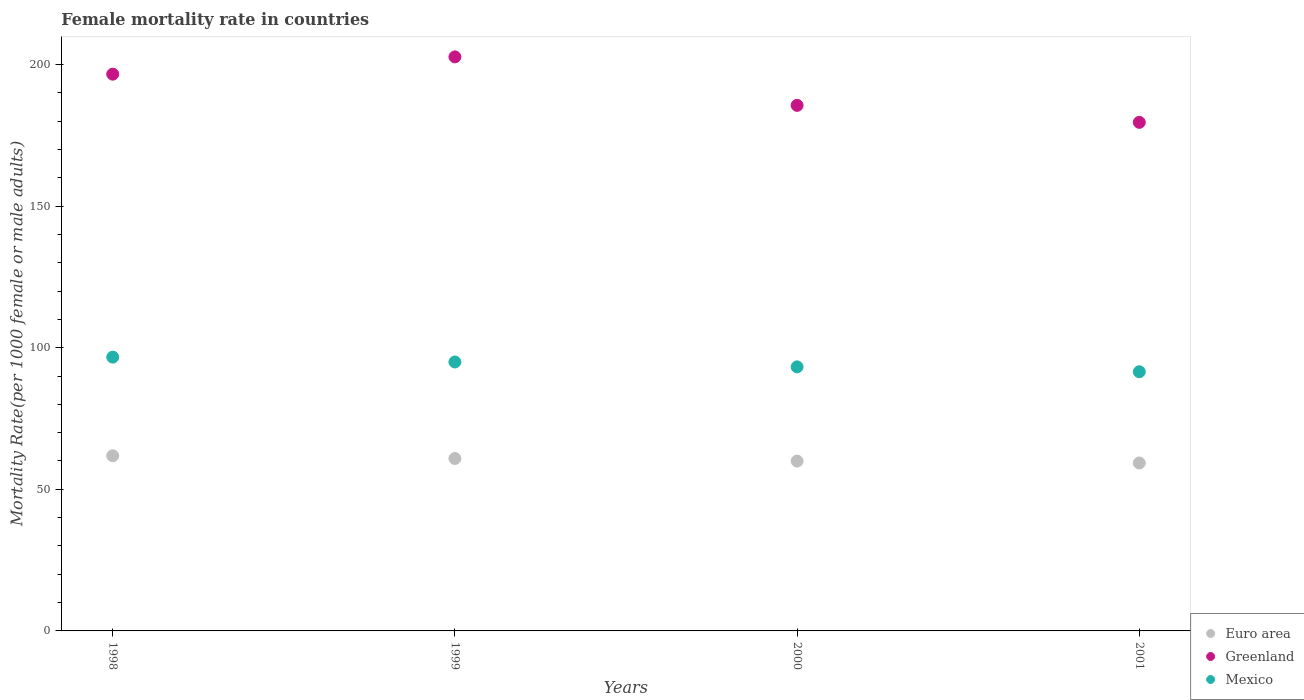
| Years | Euro area | Greenland | Mexico |
 | --- | --- | --- | --- |
 | 1998 | 61.8 | 197 | 96.7 |
 | 1999 | 60.9 | 203 | 95 |
 | 2000 | 60 | 186 | 93.2 |
 | 2001 | 59.3 | 180 | 91.5 |